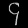
Digit: ၄